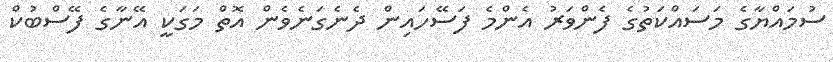
ސުމައްޔާގެ މަސައްކަތުގެ ފެންވަރު އެންމެ ފަސޭހައިން ދެނެގަނެވެން އޮތް މަގަކީ އޭނާގެ ފޭސްބުކް